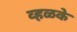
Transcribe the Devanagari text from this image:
व्हळके